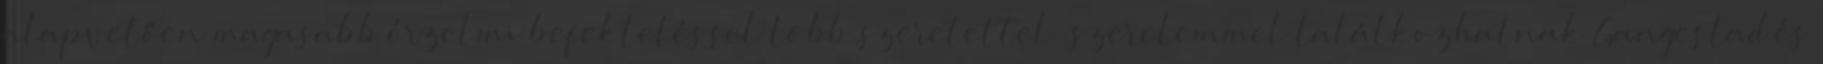
alapvetően magasabb érzelmi befektetéssel több szeretettel szerelemmel találkozhatnak Gangestad és